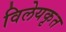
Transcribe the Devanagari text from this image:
विलेयकृत